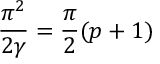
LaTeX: \frac { \pi ^ { 2 } } { 2 \gamma } = \frac { \pi } { 2 } ( p + 1 ) \protect